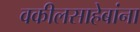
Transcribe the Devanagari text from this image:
वकीलसाहेबांना